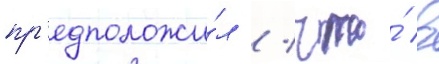
пр'едположи́л / что́ в